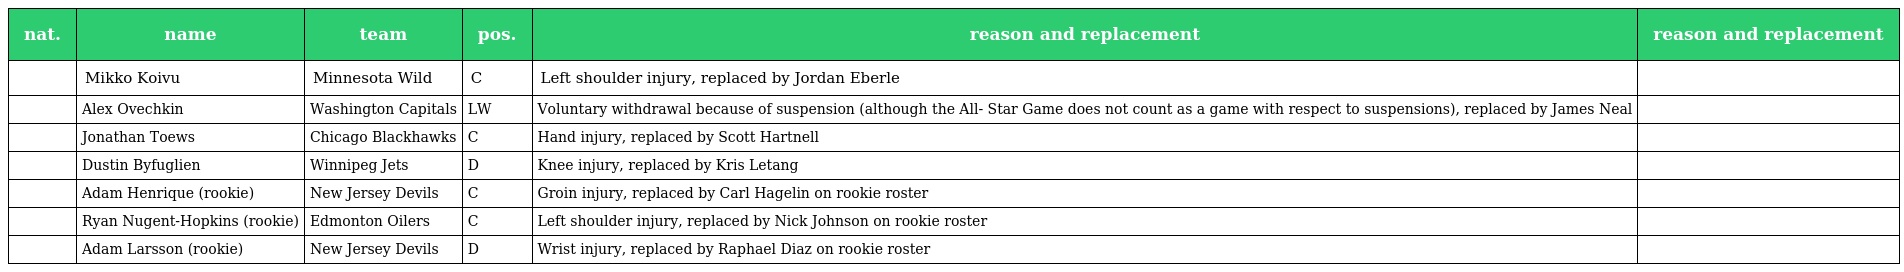
| nat. | name | team | pos. | reason and replacement | reason and replacement |
 | --- | --- | --- | --- | --- | --- |
 |  | Mikko Koivu | Minnesota Wild | C | Left shoulder injury, replaced by Jordan Eberle |  |
 |  | Alex Ovechkin | Washington Capitals | LW | Voluntary withdrawal because of suspension (although the All- Star Game does not count as a game with respect to suspensions), replaced by James Neal |  |
 |  | Jonathan Toews | Chicago Blackhawks | C | Hand injury, replaced by Scott Hartnell |  |
 |  | Dustin Byfuglien | Winnipeg Jets | D | Knee injury, replaced by Kris Letang |  |
 |  | Adam Henrique (rookie) | New Jersey Devils | C | Groin injury, replaced by Carl Hagelin on rookie roster |  |
 |  | Ryan Nugent-Hopkins (rookie) | Edmonton Oilers | C | Left shoulder injury, replaced by Nick Johnson on rookie roster |  |
 |  | Adam Larsson (rookie) | New Jersey Devils | D | Wrist injury, replaced by Raphael Diaz on rookie roster |  |